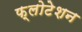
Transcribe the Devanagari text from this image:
फ्लोटेशन